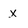
Character: x